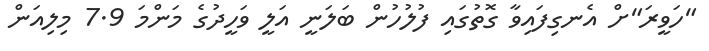
"ހަވީރަ"ށް އެނގިފައިވާ ގޮތުގައި ފުލުހުން ބަލަނީ އަލީ ވަހީދުގެ މަންމަ 7.9 މިލިއަން